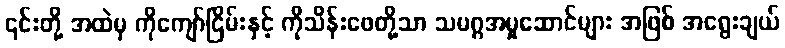
၎င်းတို့ အထဲမှ ကိုကျော်ငြိမ်းနှင့် ကိုသိန်းဖေတို့သာ သမဂ္ဂအမှုဆောင်များ အဖြစ် အရွေးချယ်